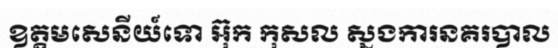
ឧត្តមសេនីយ៍ទោ អ៊ុក កុសល ស្នងការនគរបាល